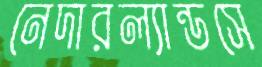
নেদারল্যান্ডসে